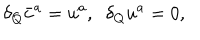
\delta _ { Q } \bar { c } ^ { a } = u ^ { a } , \; \; \delta _ { Q } u ^ { a } = 0 ,